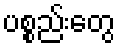
ပစ္စည်းတွေ